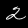
Digit: 2